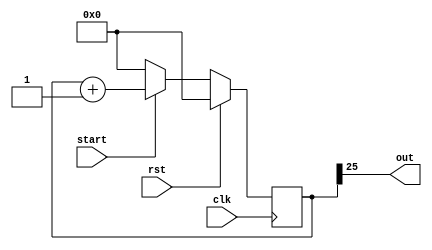
/*
   This file was generated automatically by the Mojo IDE version B1.3.6.
   Do not edit this file directly. Instead edit the original Lucid source.
   This is a temporary file and any changes made to it will be destroyed.
*/

module singlePause_32 (
    input clk,
    input rst,
    output reg out,
    input start
  );
  
  
  
  reg [25:0] M_pause_d, M_pause_q = 27'h0000000;
  
  always @* begin
    M_pause_d = M_pause_q;
    
    if (start) begin
      M_pause_d = M_pause_q + 1'h1;
    end else begin
      M_pause_d = 27'h0000000;
    end
    out = M_pause_q[25+0-:1];
  end
  
  always @(posedge clk) begin
    if (rst == 1'b1) begin
      M_pause_q <= 27'h0000000;
    end else begin
      M_pause_q <= M_pause_d;
    end
  end
  
endmodule